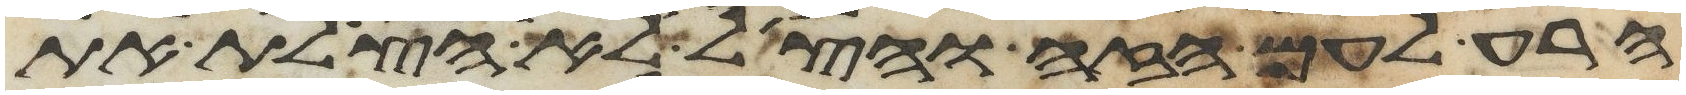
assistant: הרע לעם הזה והצל לא הצלת את